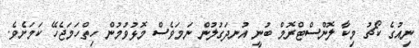
ނިއުގެ ކޯޗު މިކާ ލޮންސްޓްރޮމް ބުނީ އުނދަގުލުން ނަމަވެސް މޮޅުވުމުން ހިތްހަމަޖެހޭ ކަމަށެވެ.